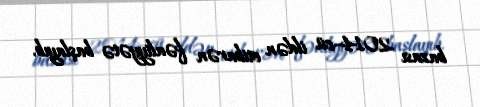
bazası 2014–cü ildən etibarən fəaliyyətə başlayıb.